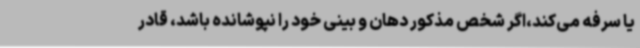
یا سرفه می‌کند،اگر شخص مذکور دهان و بینی خود را نپوشانده باشد، قادر